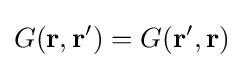
G(\mathbf {r} ,\mathbf {r} ')=G(\mathbf {r} ',\mathbf {r} )